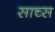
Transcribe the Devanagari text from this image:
साच्स